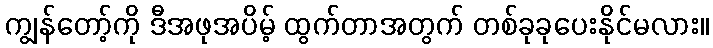
ကျွန်တော့်ကို ဒီအဖုအပိမ့် ထွက်တာအတွက် တစ်ခုခုပေးနိုင်မလား။